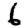
Digit: 6